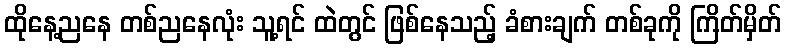
ထိုနေ့ညနေ တစ်ညနေလုံး သူ့ရင် ထဲတွင် ဖြစ်နေသည့် ခံစားချက် တစ်ခုကို ကြိတ်မှိတ်